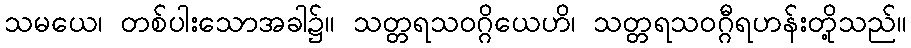
သမယေ၊ တစ်ပါးသောအခါ၌။ သတ္တရသဝဂ္ဂိယေဟိ၊ သတ္တရသဝဂ္ဂီရဟန်းတို့သည်။